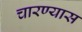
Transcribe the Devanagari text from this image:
चारण्यास